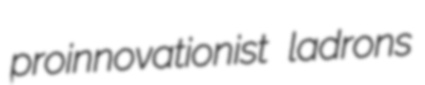
proinnovationist ladrons